Lunatic asylums Punjab 1868-1880 - 1868-1880
Year: 1868
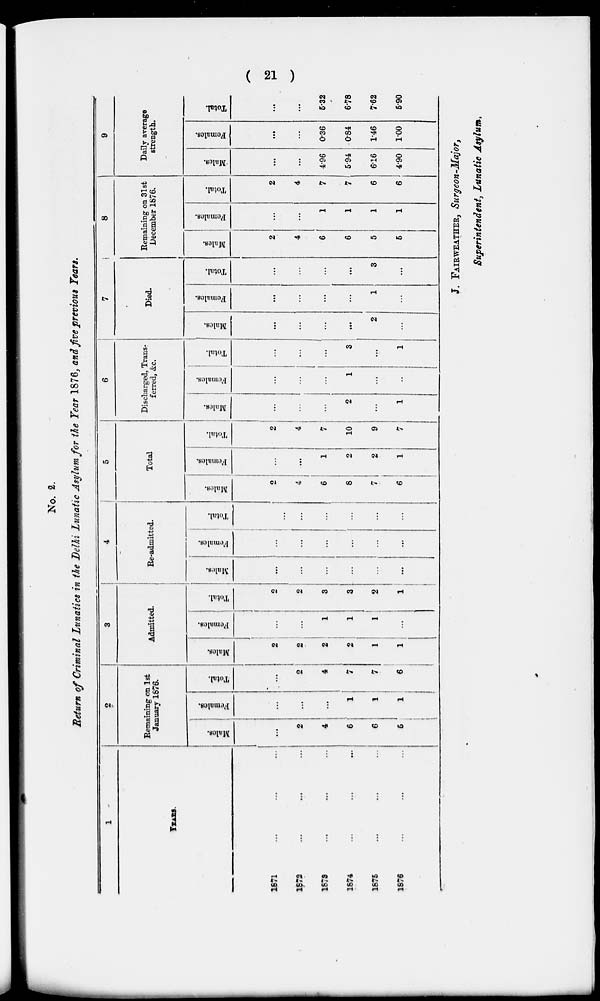
( 21 )
No. 2.
Return of Criminal Lunatics in the Delhi Lunatic Asylum for the Year 1876, and five previous Years.
1
YEARS.
1871
...
...
...
1872
...
...
...
1873
...
...
...
1874
...
...
...
1875
...
...
...
1876
...
...
...
2
Remaining on 1st
January 1876.
Males.
...
2
4
6
6
5
Females.
...
...
...
...
1
1
Total.
...
2
4
7
7
6
3
Admitted.
Males.
2
2
2
2
1
1
Females.
...
...
1
1
...
...
Total.
2
2
3
3
2
1
4
Re-admitted.
Males.
...
...
...
...
...
...
Females.
...
...
...
...
...
...
Total.
...
...
...
...
...
...
5
Total
Males.
...
4
6
8
7
6
Females.
...
...
1
2
2
1
Total.
2
4
7
10
9
7
6
Discharged, Trans-
ferred, &c.
Males.
...
...
...
2
...
1
Females.
...
...
...
1
...
..
Total.
...
...
...
3
...
1
7
Died.
Males.
...
...
...
...
2
...
Females.
...
...
...
...
1
...
Total.
...
...
...
...
3
...
8
Remaining on 31st
December 1876.
Males.
2
4
6
6
5
6
Females.
...
...
1
1
1
1
Total.
2
4
7
7
6
6
9
Daily average
strength.
Males.
...
...
4.96
5.94
6.16
4.90
Females.
...
...
0.36
0.84
1.46
1.00
Total.
...
...
5.32
6.78
7.62
6.90
J. FAIRWEATHER, Surgeon-Major,
Superintendent, Lunatic Asylum.